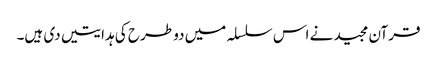
قرآن مجید نے اس سلسلہ میں دو طرح کی ہدایتیں دی ہیں۔